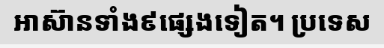
អាស៊ានទាំង៩ផ្សេងទៀត។ ប្រទេស